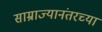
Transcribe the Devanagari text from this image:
साम्राज्यानंतरच्या